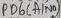
Text: PB6